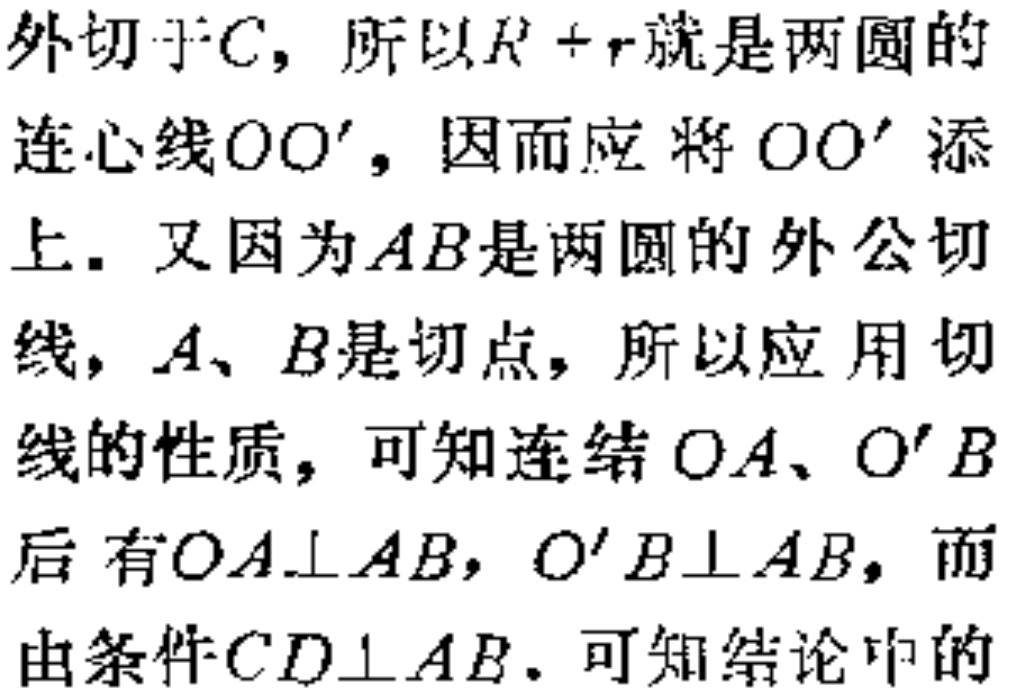
外切于\(C\)，所以\(R + r\)就是两圆的
连心线\(OO'\)，因而应将\(OO'\)添
上. 又因为\(AB\)是两圆的外公切
线，\(A、B\)是切点，所以应用切
线的性质，可知连结\(OA、O'B\)
后有\(OA\perp AB\)，\(O'B\perp AB\)，而
由条件\(CD\perp AB\). 可知结论中的